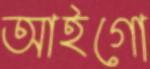
আইগো